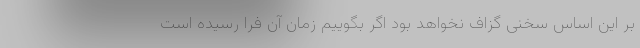
بر این اساس سخنی گزاف نخواهد بود اگر بگوییم زمان آن فرا رسیده است